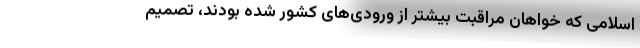
اسلامی که خواهان مراقبت بیشتر از ورودی‌های کشور شده بودند، تصمیم